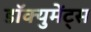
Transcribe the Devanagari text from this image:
डॉक्युमेंट्‌स